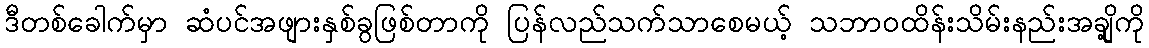
ဒီတစ်ခေါက်မှာ ဆံပင်အဖျားနှစ်ခွဖြစ်တာကို ပြန်လည်သက်သာစေမယ့် သဘာဝထိန်းသိမ်းနည်းအချို့ကို